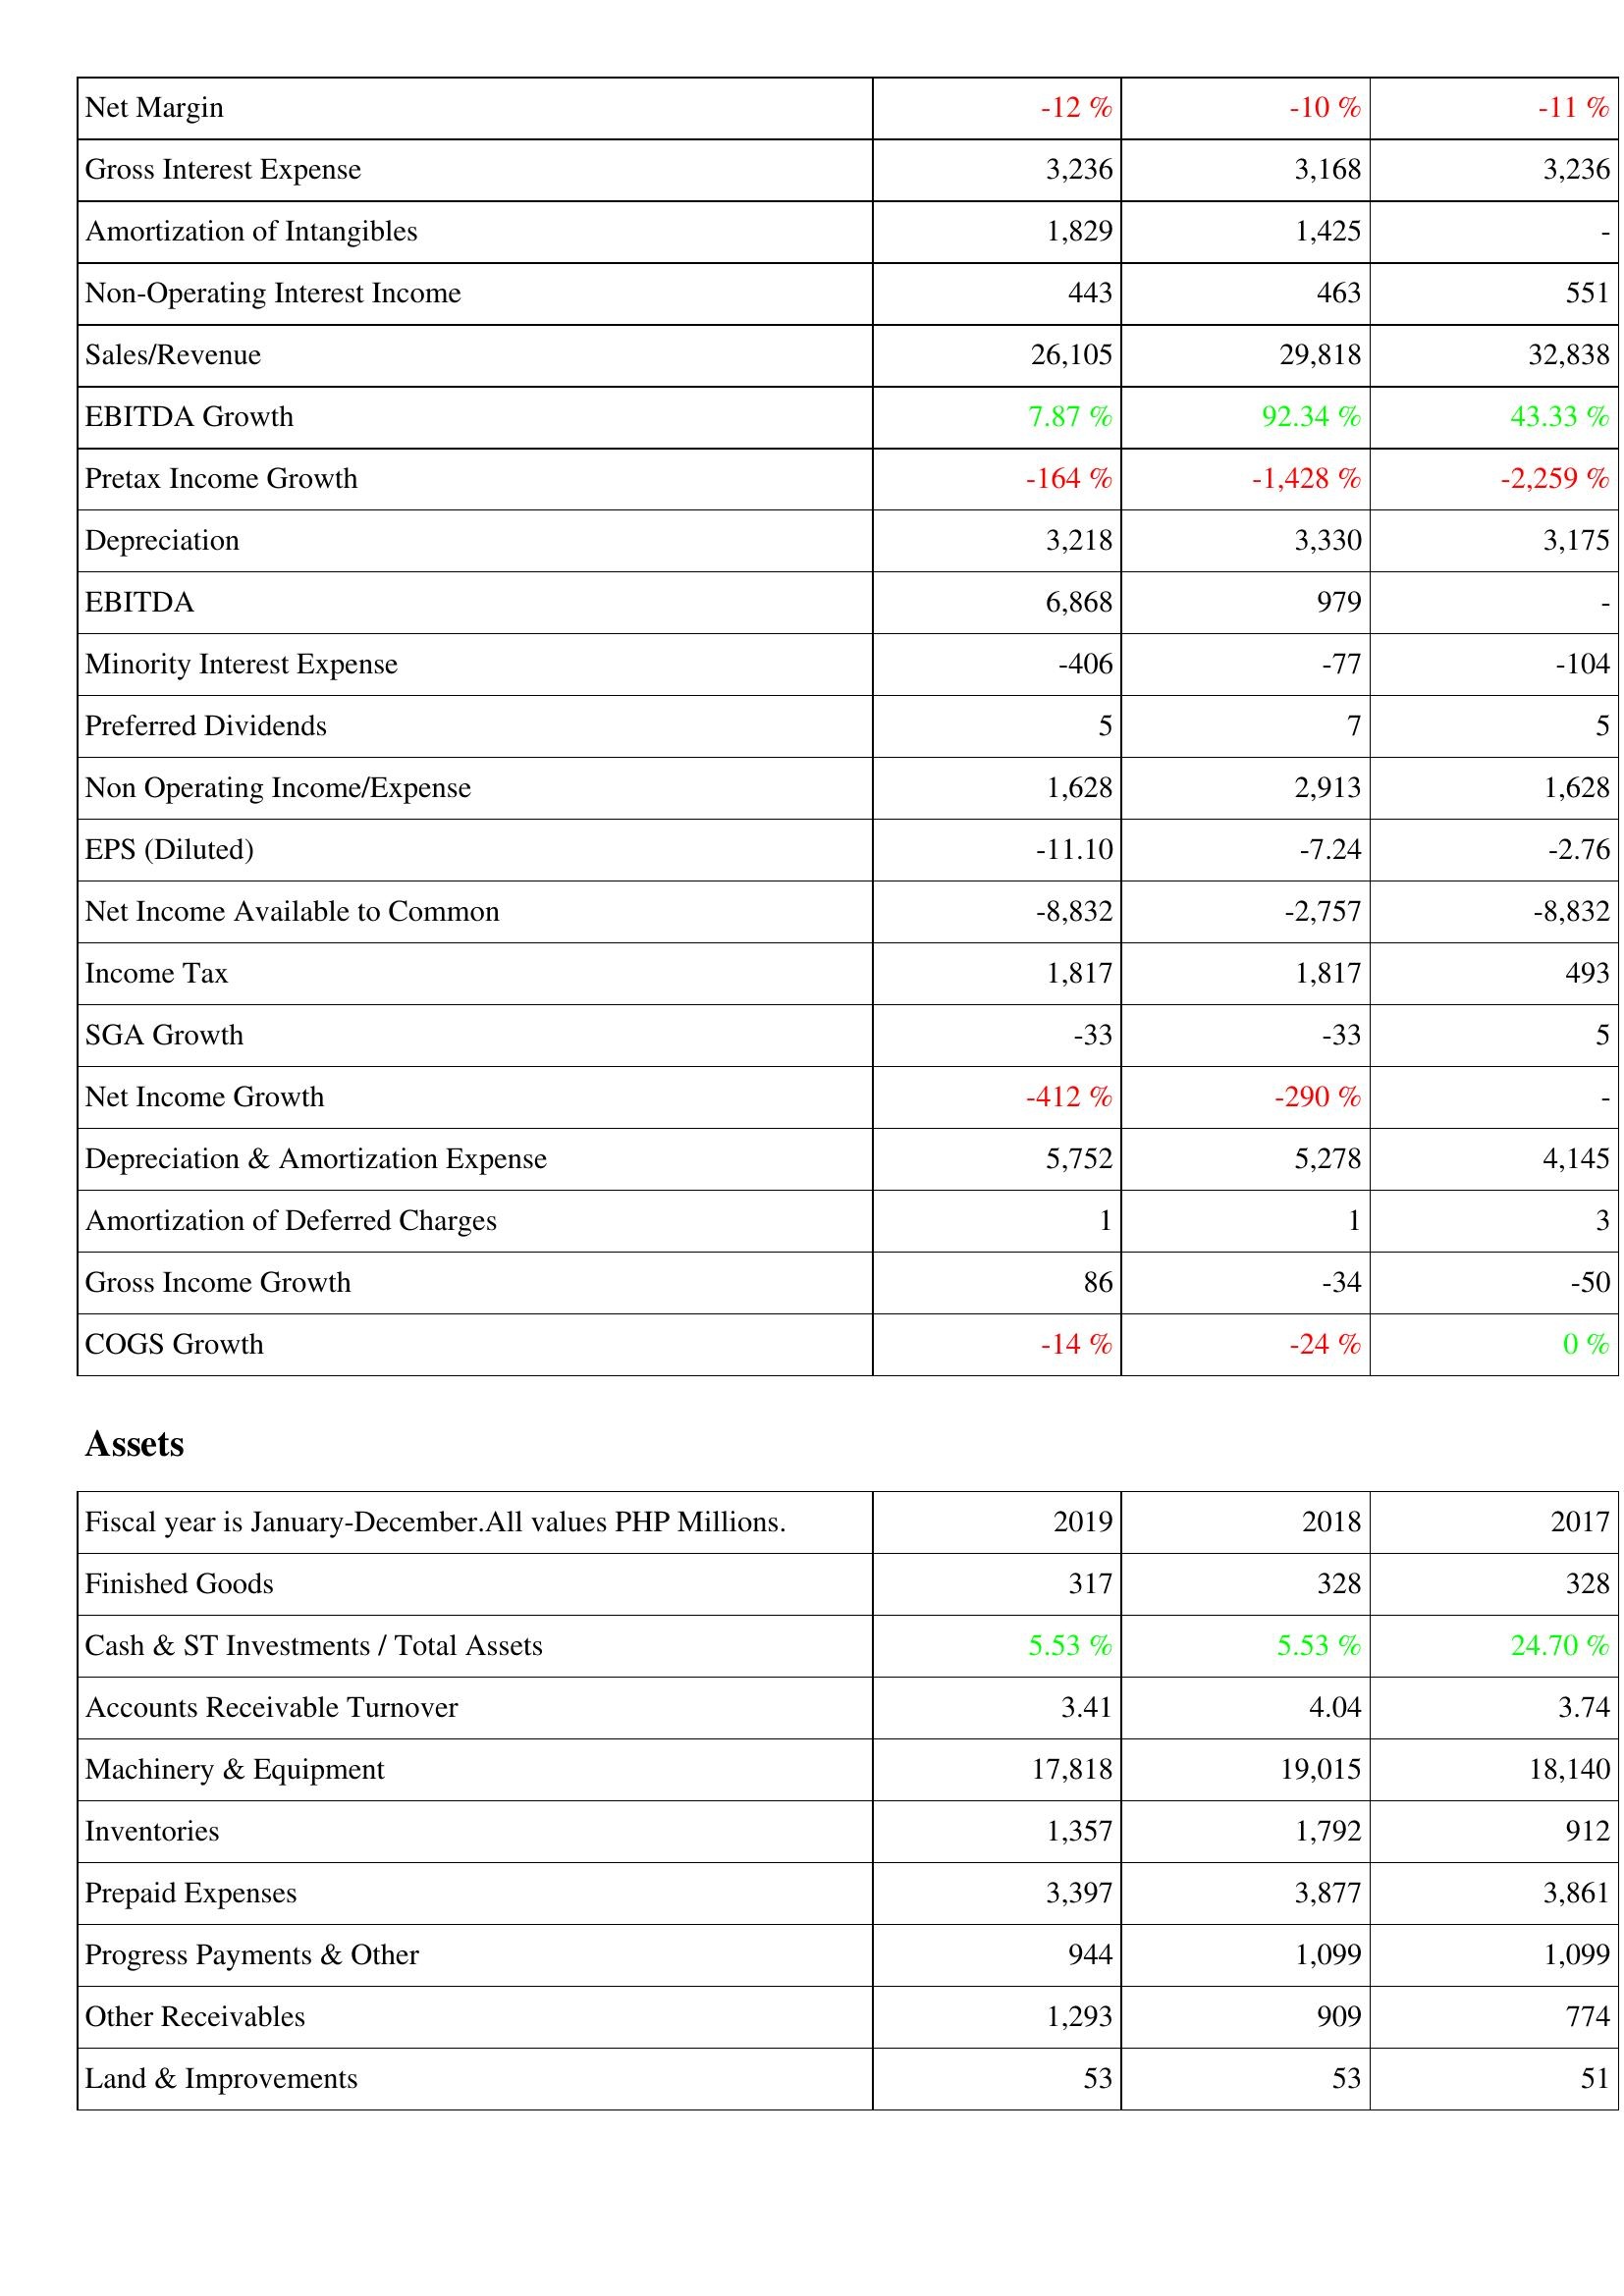
2019: Income Statement: Net Margin: -12 %
Gross Interest Expense: 3,236
Amortization of Intangibles: 1,829
Non-Operating Interest Income: 443
Sales/Revenue: 26,105
EBITDA Growth: 7.87 %
Pretax Income Growth: -164 %
Depreciation: 3,218
EBITDA: 6,868
Minority Interest Expense: -406
Preferred Dividends: 5
Non Operating Income/Expense: 1,628
EPS (Diluted): -11.10
Net Income Available to Common: -8,832
Income Tax: 1,817
SGA Growth: -33
Net Income Growth: -412 %
Depreciation & Amortization Expense: 5,752
Amortization of Deferred Charges: 1
Gross Income Growth: 86
COGS Growth: -14 %
Assets: Finished Goods: 317
Cash & ST Investments / Total Assets: 5.53 %
Accounts Receivable Turnover: 3.41
Machinery & Equipment: 17,818
Inventories: 1,357
Prepaid Expenses: 3,397
Progress Payments & Other: 944
Other Receivables: 1,293
Land & Improvements: 53
2018: Income Statement: Net Margin: -10 %
Gross Interest Expense: 3,168
Amortization of Intangibles: 1,425
Non-Operating Interest Income: 463
Sales/Revenue: 29,818
EBITDA Growth: 92.34 %
Pretax Income Growth: -1,428 %
Depreciation: 3,330
EBITDA: 979
Minority Interest Expense: -77
Preferred Dividends: 7
Non Operating Income/Expense: 2,913
EPS (Diluted): -7.24
Net Income Available to Common: -2,757
Income Tax: 1,817
SGA Growth: -33
Net Income Growth: -290 %
Depreciation & Amortization Expense: 5,278
Amortization of Deferred Charges: 1
Gross Income Growth: -34
COGS Growth: -24 %
Assets: Finished Goods: 328
Cash & ST Investments / Total Assets: 5.53 %
Accounts Receivable Turnover: 4.04
Machinery & Equipment: 19,015
Inventories: 1,792
Prepaid Expenses: 3,877
Progress Payments & Other: 1,099
Other Receivables: 909
Land & Improvements: 53
2017: Income Statement: Net Margin: -11 %
Gross Interest Expense: 3,236
Amortization of Intangibles: -
Non-Operating Interest Income: 551
Sales/Revenue: 32,838
EBITDA Growth: 43.33 %
Pretax Income Growth: -2,259 %
Depreciation: 3,175
EBITDA: -
Minority Interest Expense: -104
Preferred Dividends: 5
Non Operating Income/Expense: 1,628
EPS (Diluted): -2.76
Net Income Available to Common: -8,832
Income Tax: 493
SGA Growth: 5
Net Income Growth: -
Depreciation & Amortization Expense: 4,145
Amortization of Deferred Charges: 3
Gross Income Growth: -50
COGS Growth: 0 %
Assets: Finished Goods: 328
Cash & ST Investments / Total Assets: 24.70 %
Accounts Receivable Turnover: 3.74
Machinery & Equipment: 18,140
Inventories: 912
Prepaid Expenses: 3,861
Progress Payments & Other: 1,099
Other Receivables: 774
Land & Improvements: 51